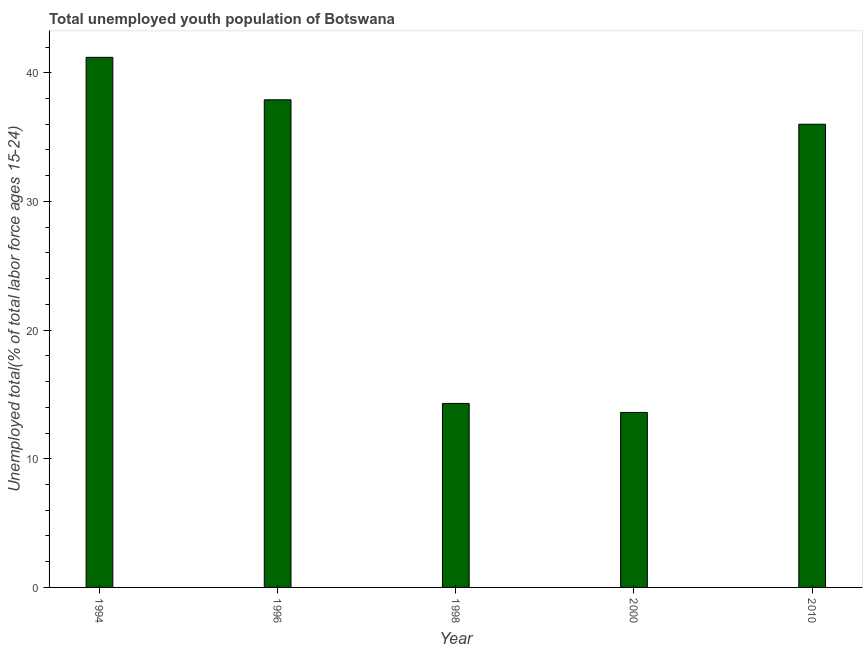
| Year | Unemployment youth total |
 | --- | --- |
 | 1994 | 41.2 |
 | 1996 | 37.9 |
 | 1998 | 14.3 |
 | 2000 | 13.6 |
 | 2010 | 36 |